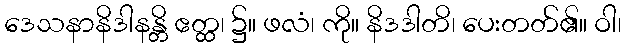
ဒေသနာနိဒါနန္တိ ဧတ္ထ၊ ၌။ ဖလံ၊ ကို။ နိဒဒါတိ၊ ပေးတတ်၏။ ဝါ၊